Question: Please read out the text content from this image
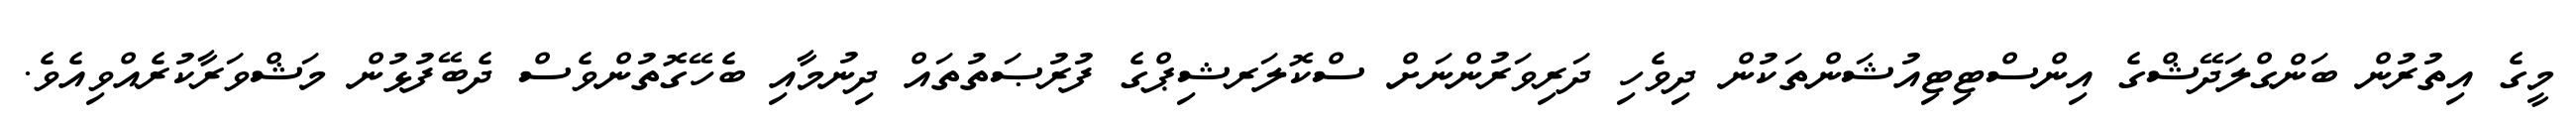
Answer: މީގެ އިތުރުން ބަންގްލަދޭޝްގެ އިންސްޓިޓިއުޝަންތަކުން ދިވެހި ދަރިވަރުންނަށް ސްކޮލަރޝިޕްގެ ފުރުޞަތުތައް ދިނުމާއި ބެހޭގޮތުންވެސް ދެބޭފުޅުން މަޝްވަރާކުރެއްވިއެވެ.